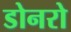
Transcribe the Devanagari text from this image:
डोनरो